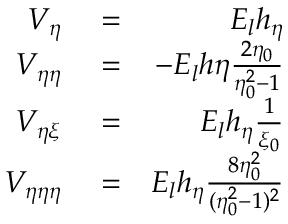
\begin{array} { r l r } { V _ { \eta } } & { { } = } & { E _ { l } h _ { \eta } } \\ { V _ { \eta \eta } } & { { } = } & { - E _ { l } h \eta \frac { 2 \eta _ { 0 } } { \eta _ { 0 } ^ { 2 } - 1 } } \\ { V _ { \eta \xi } } & { { } = } & { E _ { l } h _ { \eta } \frac { 1 } { \xi _ { 0 } } } \\ { V _ { \eta \eta \eta } } & { { } = } & { E _ { l } h _ { \eta } \frac { 8 \eta _ { 0 } ^ { 2 } } { ( \eta _ { 0 } ^ { 2 } - 1 ) ^ { 2 } } } \end{array}